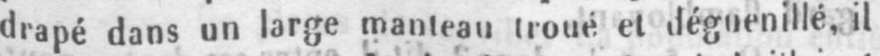
drapé dans un large manteau troué et déguenillé, il